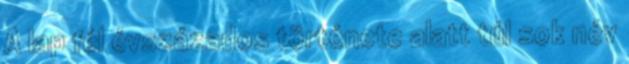
A lap fél évszázados története alatt túl sok név